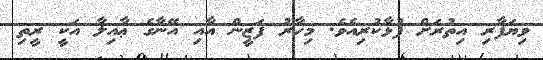
ވިޔަފާރި އިތުރަށް ފުޅާކުރިއެވެ. މިހާރު ފަޒީން އާއި އޭނާގެ ޢާއިލާ އަކީ ރީތި